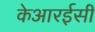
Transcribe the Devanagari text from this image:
केआरईसी